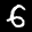
Label: 6